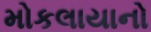
મોકલાયાનો